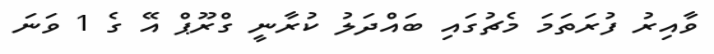
ވާއިރު ފުރަތަމަ މެޗުގައި ބައްދަލު ކުރާނީ ގްރޫޕް އޭ ގެ 1 ވަނަ